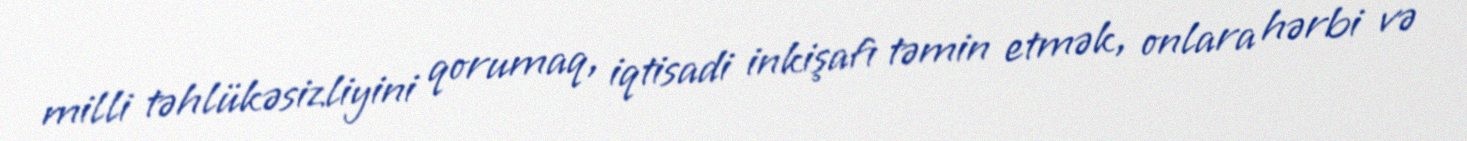
milli təhlükəsizliyini qorumaq, iqtisadi inkişafı təmin etmək, onlara hərbi və